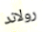
رولاند